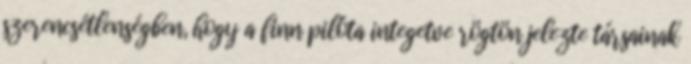
szerencsétlenségben, hogy a finn pilóta integetve rögtön jelezte társainak